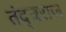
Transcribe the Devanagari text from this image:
तंद्त्रराज